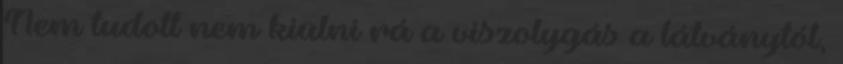
Nem tudott nem kiülni rá a viszolygás a látványtól,